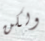
ولكن